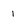
Character: 1